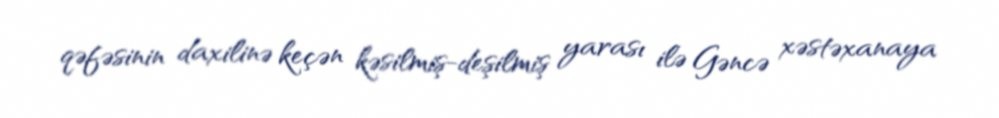
qəfəsinin daxilinə keçən kəsilmiş-deşilmiş yarası ilə Gəncə xəstəxanaya